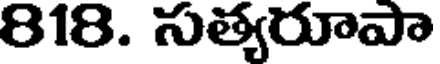
818. సత్యరూపా